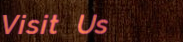
Visit Us